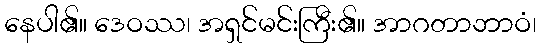
နေပါ၏။ ဒေဝဿ၊ အရှင်မင်းကြီး၏။ အာဂတာဘာဝံ၊